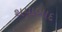
થયાબાદ